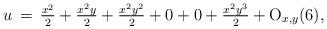
LaTeX: \begin{align*}u\,=\,\tfrac{x^2}{2}+\tfrac{x^2y}{2}+\tfrac{x^2y^2}{2}+0+0+\tfrac{x^2y^3}{2}+{\rm O}_{x,y}(6),\end{align*}